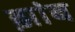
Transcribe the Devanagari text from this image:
झांब